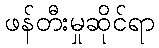
ဖန်တီးမှုဆိုင်ရာ